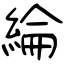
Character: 綸